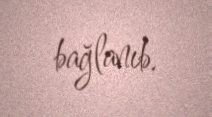
bağlanıb.